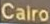
Cairo